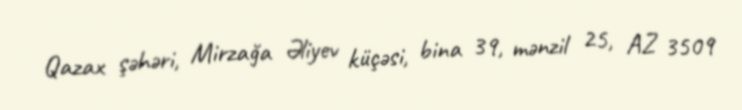
Qazax şəhəri, Mirzağa Əliyev küçəsi, bina 39, mənzil 25, AZ 3509